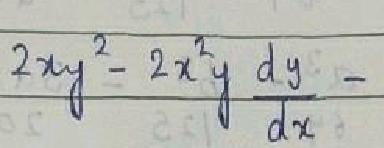
\[ 2xy^{2}-2x^{2}y\frac{dy}{dx} \]